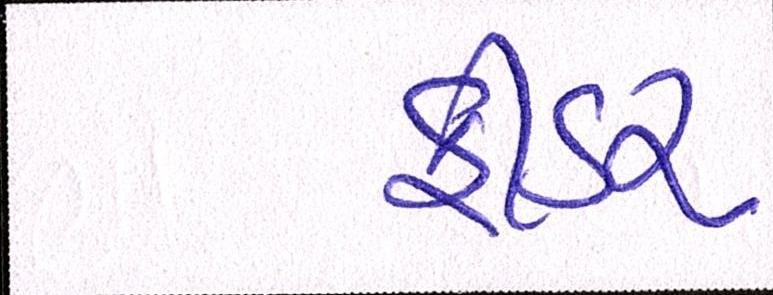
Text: ફીડર